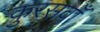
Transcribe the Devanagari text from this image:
कुरसवाँ